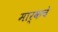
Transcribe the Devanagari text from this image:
मार्कचे